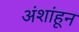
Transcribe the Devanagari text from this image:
अंशांहून